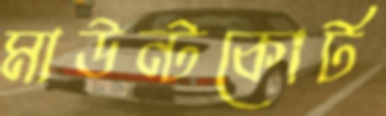
মাউন্টকোর্ট